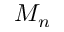
M _ { n }